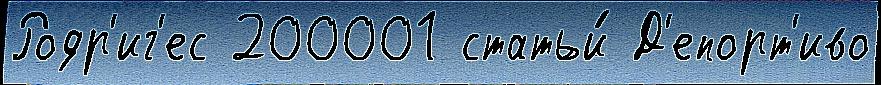
Родр'иг'ес 200001 статьи́ Д'епорт'иво